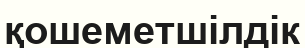
қошеметшілдік